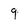
Character: 9